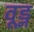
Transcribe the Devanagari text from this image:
वूड्न